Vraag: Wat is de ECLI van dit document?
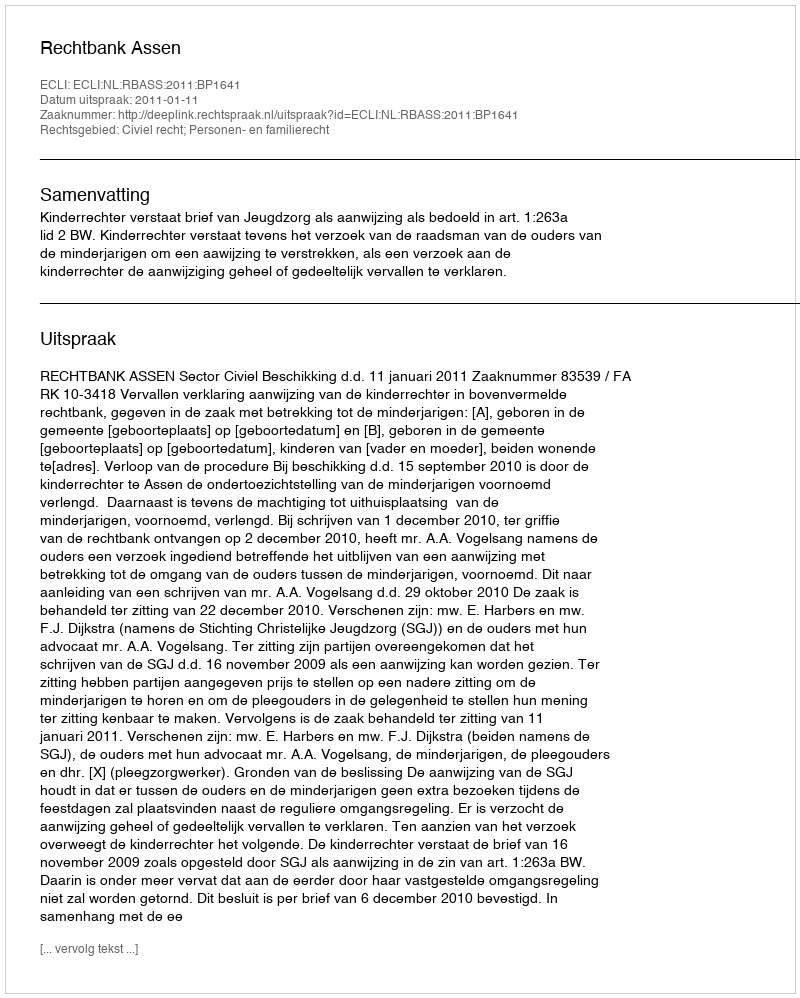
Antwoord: ECLI:NL:RBASS:2011:BP1641